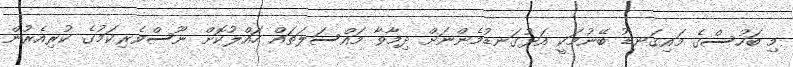
މި ބަހުސްގެ މައިގަނޑު ބޭނުމަކީ އަޅުގަނޑުމެންނަށް ދިމާވާ މައްސަލަތައް ހައްލުކޮށް ނޫސްވެރިކަމުގެ ކުރިއެރުން